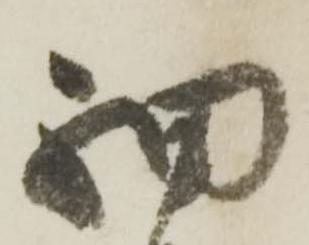
細